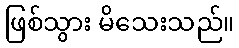
ဖြစ်သွား မိသေးသည်။